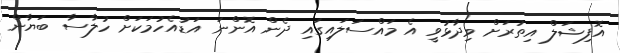
އޮފިޝަލް އިތުރަށް ވިދާޅުވީ އެ މައްސަލައިގައި ދެން އޮންނަ އަޑުއެހުމަކަށް ހުލާސާ ބަޔާން